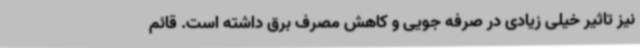
نیز تاثیر خیلی زیادی در صرفه جویی و کاهش مصرف برق داشته است. قائم